Report on vaccination in Madras 1895-1903 - 1895-1903
Year: 1895
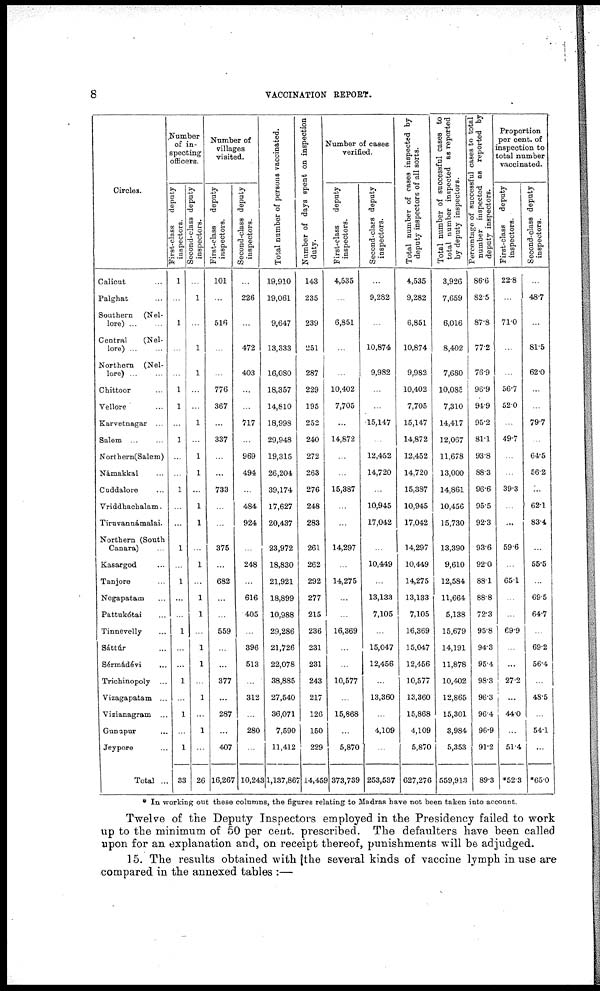
8
VACCINATION REPORT.
Circles.
Calicut ...
Palghat ...
Southern (Nel-
lore) ... ...
Central
(Nel-
lore) ... ...
Northern (Nel-
lore) ... ...
Chittoor ...
Vellore ...
Karvetnagar ...
Salem ... ...
Northern(Salem)
Námakkal ...
Cuddalore ...
Vriddhachalam.
Tiruvannámalai.
Northern (South
Canara) ...
Kasargod ...
Tanjore ...
Negapatam ...
Pattukótai ...
Tinnevelly ...
Sáttúr ...
Sérmádévi ...
Trichinopoly ...
Vizagapatam ...
Vizianagram ...
Gunupur ...
Jeypore ...
Total ...
Number
of in-
specting
officers.
First-class deputy
inspectors.
1
...
1
...
...
1
1
...
1
...
...
1
...
...
1
...
1
...
...
1
...
...
1
...
1
...
1
33
Second-class deputy
inspectors.
...
1
...
1
1
...
...
1
...
1
1
...
1
1
...
1
...
1
1
...
1
1
...
1
...
1
...
26
Number of
villages
visited.
First-class
deputy
inspectors.
101
...
516
...
...
776
367
...
337
...
...
733
...
...
375
...
682
...
...
559
...
...
377
...
287
...
407
16,267
Second-class deputy
inspectors.
...
226
...
472
403
...
...
717
...
969
494
...
484
924
...
248
...
616
405
...
396
513
...
312
...
280
...
10,243
Total number of persons vaccinated.
19,910
19,061
9,647
13,333
16,080
18,357
14,810
18,998
29,948
19,315
26,204
39,174
17,627
20,437
23,972
18,830
21,921
18,899
10,988
29,286
21,726
22,078
38,885
27,540
36,071
7,590
11,412
1,137,867
Number of days spent on inspection
duty.
143
235
239
251
287
229
195
252
240
272
263
276
248
283
261
262
292
277
215
236
231
231
243
217
126
150
229
14,459
Number of cases
verified.
First-class
deputy
inspectors.
4,535
...
6,851
...
...
10,402
7,705
...
14,872
...
...
15,387
...
...
14,297
...
14,275
...
...
16,369
...
...
10,577
...
15,868
...
5,870
373,739
Second-class deputy
inspectors.
...
9,282
...
10,874
9,982
...
...
15,147
...
12,452
14,720
...
10,945
17,042
...
10,449
...
13,133
7,105
...
15,047
12,456
...
13,360
...
4,109
...
253,537
Total number of cases inspected by
deputy inspectors of all sorts.
4,535
9,282
6,851
10,874
9,982
10,402
7,705
15,147
14,872
12,452
14,720
15,387
10,945
17,042
14,297
10,449
14,275
13,133
7,105
16,369
15,047
12,456
10,577
13,360
15,868
4,109
5,870
627,276
Total number of successful cases to
total number inspected as reported
by deputy inspectors.
3,926
7,659
6,016
8,402
7,680
10,085
7,310
14,417
12,067
11,678
13,000
14,861
10,456
15,730
13,390
9,610
12,584
11,664
5,138
15,679
14,191
11,878
10,402
12,865
15,301
3,984
5,353
559,913
Percentage of successful cases to total
number inspected as reported by
deputy inspectors.
86.6
82.5
87.8
77.2
76.9
96.9
94.9
95.2
81.1
93.8
88.3
96.6
95.5
92.3
93.6
92.0
88.1
88.8
72.3
95.8
94.3
95.4
98.3
96.3
96.4
96.9
91.2
89.3
Proportion
per cent. of
inspection to
total number
vaccinated.
First-class
deputy
inspectors.
22.8
...
71.0
...
...
56.7
52.0
...
49.7
...
...
39.3
...
...
59.6
...
65.1
...
...
69.9
...
...
27.2
...
44.0
...
51.4
*52.3
Second-class deputy
inspectors.
...
48.7
...
81.5
62.0
...
...
79.7
...
64.5
56.2
...
62.1
83.4
...
55.5
...
69.5
64.7
...
69.2
56.4
...
48.5
...
541
...
*65.0
* In working out these columns, the figures relating to Madras have not been taken into account.
Twelve of the Deputy Inspectors employed in the Presidency failed to work
up to the minimum of 50 per cent. prescribed. The defaulters have been called
upon for an explanation and, on receipt thereof, punishments will be adjudged.
15. The results obtained with the several kinds of vaccine lymph in use are
compared in the annexed tables :—